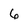
Character: 6